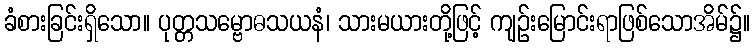
ခံစားခြင်းရှိသော။ ပုတ္တသမ္ဗောဓသယနံ၊ သားမယားတို့ဖြင့် ကျဉ်းမြောင်းရာဖြစ်သောအိမ်၌။